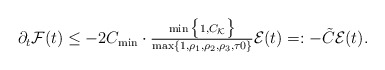
\begin{align*}\partial_{t} \mathcal{F}(t)\leq -2C_{\min} \cdot \tfrac{\min\big\{1, C_{\mathcal{K}}\big\}}{\max\{1, \rho_{1}, \rho_{2}, \rho_{3}, \tau{0}\}} \mathcal{E}(t) =: - \tilde{C} \mathcal{E}(t).\end{align*}